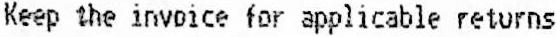
KEEP THE INVOICE FOR APPLICABLE RETURNS